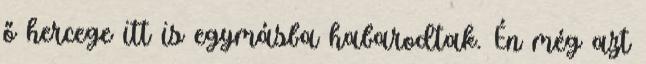
ő hercege itt is egymásba habarodtak. Én még azt